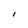
Character: l